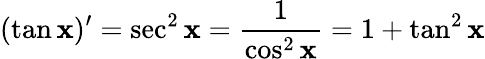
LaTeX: (\tan\mathbf{x})^{\prime}=\sec^{2}\mathbf{x}={\frac{{1}}{{\cos^{2}\mathbf{x}}}}=1+\tan^{2}\mathbf{x}